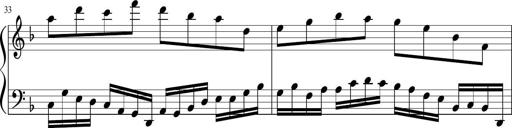
Title: Sonatina in F major
Composer: Ethan Ngo
Key: F major